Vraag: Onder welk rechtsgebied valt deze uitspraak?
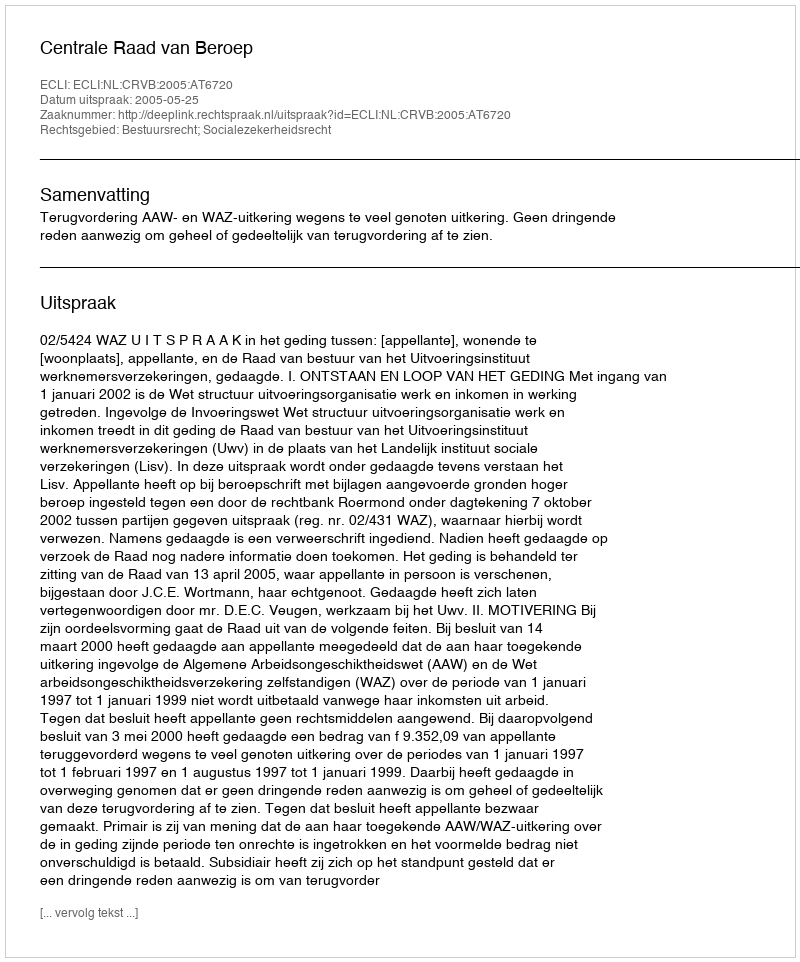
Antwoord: Bestuursrecht; Socialezekerheidsrecht